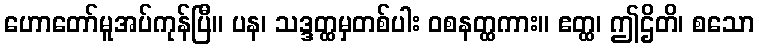
ဟောတော်မူအပ်ကုန်ပြီ။ ပန၊ သဒ္ဒတ္ထမှတစ်ပါး ဝစနတ္ထကား။ ဧတ္ထ၊ ဤဌိတိ၊ စသော